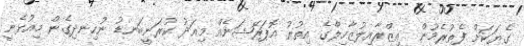
ގެޔަކަށް ފެތުރެމުން  އިޒްރާއިލުޒާހިލްގެ އިތުރު އޮޕަރޭޝަނެއް މިއަދު ކުރަނީބަނޑު ނުހިނދިގެން މިއުޅެނީ